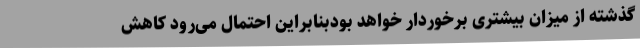
گذشته از میزان بیشتری برخوردار خواهد بودبنابراین احتمال می‌رود کاهش